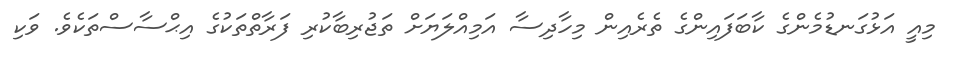
މިއީ އަޅުގަނޑުމެންގެ ކާބަފައިންގެ ތެރެއިން މިހާދިސާ އަމިއްލަޔަށް ތަޖުރިބާކުރި ފަރާތްތަކުގެ އިޙްސާސްތަކެވެ. ވަކި